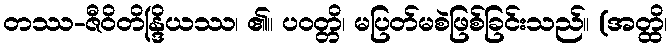
တဿ-ဇီဝိတိန္ဒြိယဿ၊ ၏။ ပဝတ္တိ၊ မပြတ်မစဲဖြစ်ခြင်းသည်။ (အတ္ထိ၊